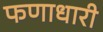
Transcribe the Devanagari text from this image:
फणाधारी